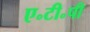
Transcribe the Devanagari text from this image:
ए॰टी॰पी